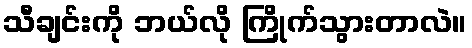
သီချင်းကို ဘယ်လို ကြိုက်သွားတာလဲ။